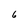
Character: 6